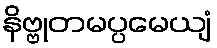
နိဗ္ဗုတမပ္ပမေယျံ